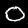
Label: 0